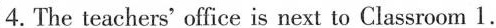
4. The teachers'office is next to Classroom 1.